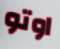
اوتو